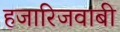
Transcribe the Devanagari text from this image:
हजारिजवाबी